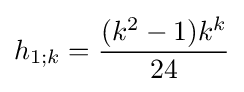
h_{1;k}={\frac {(k^{2}-1)k^{k}}{24}}